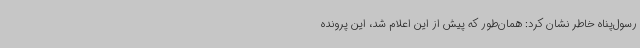
رسول‌پناه خاطر نشان کرد: همان‌طور که پیش از این اعلام شد، این پرونده